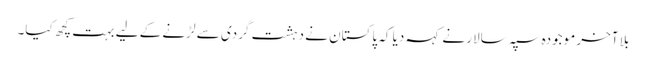
بلا آخر موجودہ سپہ سالار نے کہہ دیا کہ پاکستان نے دہشت گردی سے لڑنے کے لیے بہت کچھ کیا۔